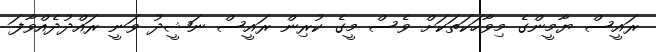
ރައީސް ޔާމީންގެ މިވާހަކަތަކަށް ވެސް މީގެ ކުރިން ރައީސް ނަޝީދު ވަނީ ރައްދުދެއްވާފަ